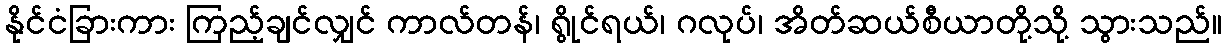
နိုင်ငံခြားကား ကြည့်ချင်လျှင် ကာလ်တန်၊ ရွိုင်ရယ်၊ ဂလုပ်၊ အိတ်ဆယ်စီယာတို့သို့ သွားသည်။